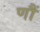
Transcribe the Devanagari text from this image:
णौं